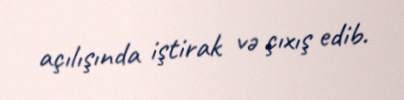
açılışında iştirak və çıxış edib.